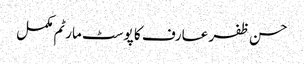
حسن ظفر عارف کا پوسٹ مارٹم مکمل